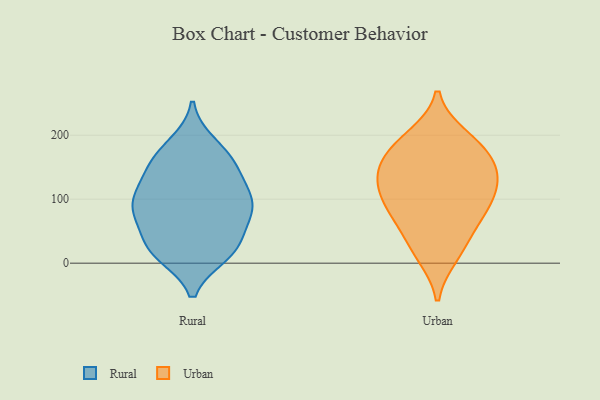
{"axis": {"x": "Budget (USD K)", "y": "Value"}, "legend": ["Rural", "Urban"], "data": [{"x": "", "y": 31, "type": "Rural"}, {"x": "", "y": 77, "type": "Rural"}, {"x": "", "y": 93, "type": "Rural"}, {"x": "", "y": 21, "type": "Rural"}, {"x": "", "y": 14, "type": "Rural"}, {"x": "", "y": 19, "type": "Rural"}, {"x": "", "y": 153, "type": "Rural"}, {"x": "", "y": 96, "type": "Rural"}, {"x": "", "y": 147, "type": "Rural"}, {"x": "", "y": 186, "type": "Rural"}, {"x": "", "y": 118, "type": "Rural"}, {"x": "", "y": 109, "type": "Rural"}, {"x": "", "y": 90, "type": "Rural"}, {"x": "", "y": 174, "type": "Rural"}, {"x": "", "y": 22, "type": "Rural"}, {"x": "", "y": 70, "type": "Rural"}, {"x": "", "y": 153, "type": "Rural"}, {"x": "", "y": 75, "type": "Rural"}, {"x": "", "y": 102, "type": "Urban"}, {"x": "", "y": 130, "type": "Urban"}, {"x": "", "y": 186, "type": "Urban"}, {"x": "", "y": 114, "type": "Urban"}, {"x": "", "y": 153, "type": "Urban"}, {"x": "", "y": 70, "type": "Urban"}, {"x": "", "y": 12, "type": "Urban"}, {"x": "", "y": 78, "type": "Urban"}, {"x": "", "y": 97, "type": "Urban"}, {"x": "", "y": 158, "type": "Urban"}, {"x": "", "y": 188, "type": "Urban"}, {"x": "", "y": 152, "type": "Urban"}, {"x": "", "y": 53, "type": "Urban"}, {"x": "", "y": 198, "type": "Urban"}, {"x": "", "y": 130, "type": "Urban"}, {"x": "", "y": 19, "type": "Urban"}]}